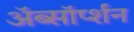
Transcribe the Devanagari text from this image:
ॲब्सॉर्प्शन